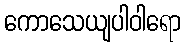
ကောသေယျပါဝါရော